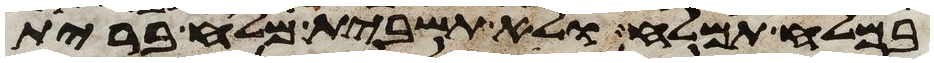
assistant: במלח תמלח ולא תשבית מלח ברית